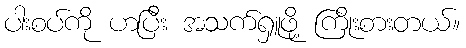
ပါးစပ်ကို ဟပြီး အသက်ရှူဖို့ ကြိုးစားတယ်။